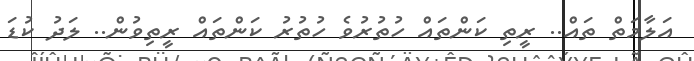
އަލާމަތް ތައް.. ރީތި ކަންތައް ހުތުރުވެ ހުތުރު ކަންތައް ރީތިވުން.. ލަދު ކުޑަ